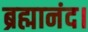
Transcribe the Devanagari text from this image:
ब्रह्मानंद।